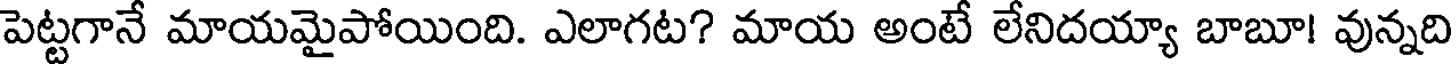
పెట్టగానే మాయమైపోయింది. ఎలాగట? మాయ అంటే లేనిదయ్యా బాబూ! వున్నది